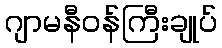
ဂျာမနီဝန်ကြီးချုပ်